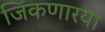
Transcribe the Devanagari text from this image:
जिंकणारया